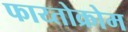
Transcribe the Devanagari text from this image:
फाय्तोक्रोम